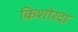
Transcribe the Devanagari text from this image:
किशोरदा